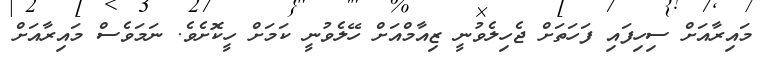
މައިރާއަށް ސިހިފައި ފަހަތަށް ޖެހިލެވުނީ ޒިއާމްއަށް ހޭލެވުނީ ކަމަށް ހީކޮށެވެ. ނަމަވެސް މައިރާއަށް